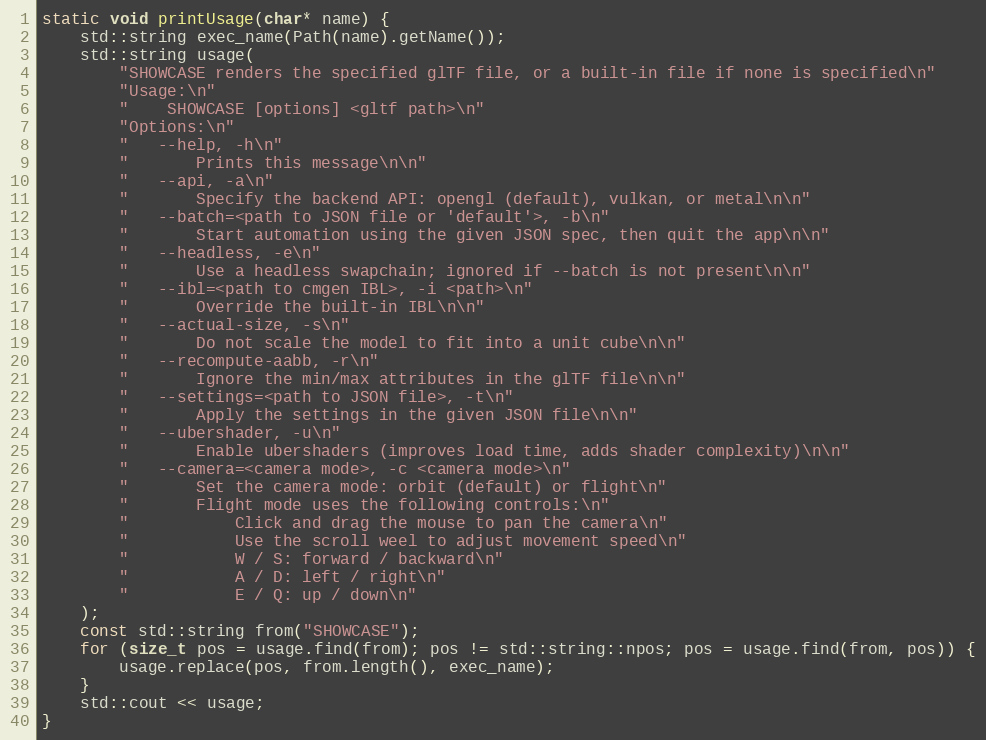
Language: C++
static void printUsage(char* name) {
    std::string exec_name(Path(name).getName());
    std::string usage(
        "SHOWCASE renders the specified glTF file, or a built-in file if none is specified\n"
        "Usage:\n"
        "    SHOWCASE [options] <gltf path>\n"
        "Options:\n"
        "   --help, -h\n"
        "       Prints this message\n\n"
        "   --api, -a\n"
        "       Specify the backend API: opengl (default), vulkan, or metal\n\n"
        "   --batch=<path to JSON file or 'default'>, -b\n"
        "       Start automation using the given JSON spec, then quit the app\n\n"
        "   --headless, -e\n"
        "       Use a headless swapchain; ignored if --batch is not present\n\n"
        "   --ibl=<path to cmgen IBL>, -i <path>\n"
        "       Override the built-in IBL\n\n"
        "   --actual-size, -s\n"
        "       Do not scale the model to fit into a unit cube\n\n"
        "   --recompute-aabb, -r\n"
        "       Ignore the min/max attributes in the glTF file\n\n"
        "   --settings=<path to JSON file>, -t\n"
        "       Apply the settings in the given JSON file\n\n"
        "   --ubershader, -u\n"
        "       Enable ubershaders (improves load time, adds shader complexity)\n\n"
        "   --camera=<camera mode>, -c <camera mode>\n"
        "       Set the camera mode: orbit (default) or flight\n"
        "       Flight mode uses the following controls:\n"
        "           Click and drag the mouse to pan the camera\n"
        "           Use the scroll weel to adjust movement speed\n"
        "           W / S: forward / backward\n"
        "           A / D: left / right\n"
        "           E / Q: up / down\n"
    );
    const std::string from("SHOWCASE");
    for (size_t pos = usage.find(from); pos != std::string::npos; pos = usage.find(from, pos)) {
        usage.replace(pos, from.length(), exec_name);
    }
    std::cout << usage;
}